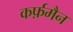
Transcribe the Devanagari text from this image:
कर्फ़मैन